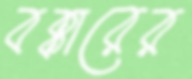
বক্কারের